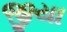
જીયા